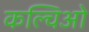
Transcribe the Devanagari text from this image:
कल्चिओ